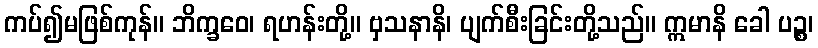
ကပ်၍မဖြစ်ကုန်။ ဘိက္ခဝေ၊ ရဟန်းတို့။ ဗှသနာနိ၊ ပျက်စီးခြင်းတို့သည်။ ဣမာနိ ခေါ ပဉ္စ၊